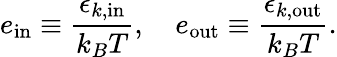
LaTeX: e_{\mathrm{in}}\equiv\frac{\epsilon_{k,\mathrm{in}}}{k_{B}T},\quad e_{\mathrm{out}}\equiv\frac{\epsilon_{k,\mathrm{out}}}{k_{B}T}.